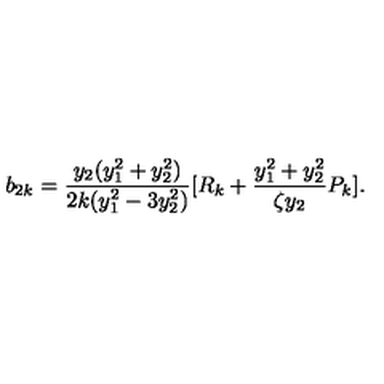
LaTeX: b _ { 2 k } = \frac { y _ { 2 } ( y _ { 1 } ^ { 2 } + y _ { 2 } ^ { 2 } ) } { 2 k ( y _ { 1 } ^ { 2 } - 3 y _ { 2 } ^ { 2 } ) } [ R _ { k } + \frac { y _ { 1 } ^ { 2 } + y _ { 2 } ^ { 2 } } { \zeta y _ { 2 } } P _ { k } ] .